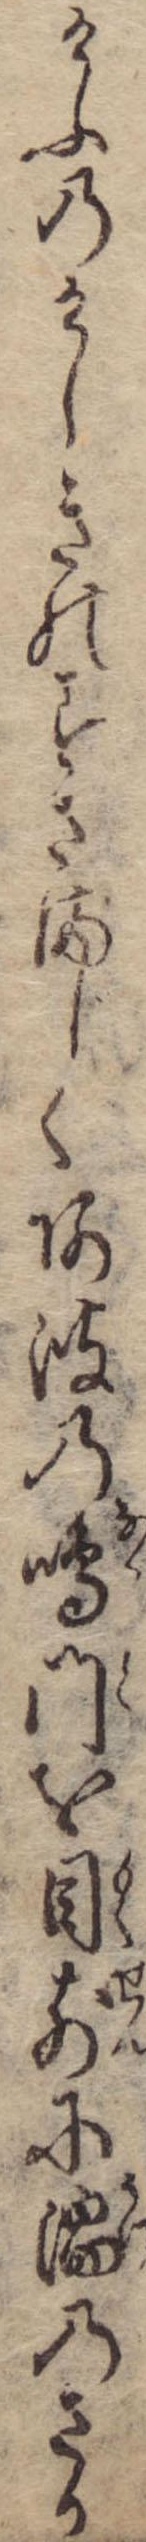
けふのけしきのすさまじく阿波の鳴門を目前に渦のさか